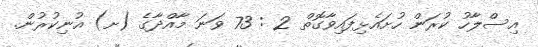
އިސްލާހު ކުރަން ހުށައެޅިފައިވާގޮތް 2 : 73 ވަނަ މާއްދާގެ (ށ) އުނިކުރުން.